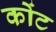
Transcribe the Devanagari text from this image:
कोंट